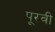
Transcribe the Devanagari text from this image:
पूरवी